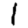
Digit: 1